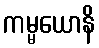
ကမ္မယောနိ